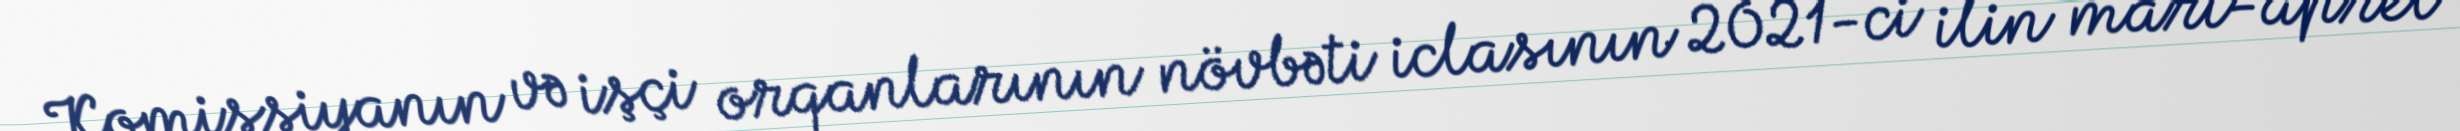
Komissiyanın və işçi orqanlarının növbəti iclasının 2021-ci ilin mart-aprel